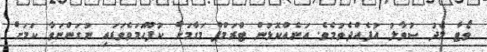
ވޯޓާ މެދު ސުވާލު އުފެއްދެވުމެވެ. އަނެއްކޮޅުން ޓްރަމްޕް މަގާމަށް ކުފޫހަމަވެވަޑައި ނުގަންނަވާ ކަމަށް